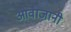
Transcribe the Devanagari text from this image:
आवाजानी